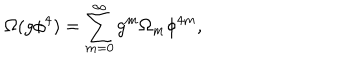
\Omega ( g \phi ^ { 4 } ) = \sum _ { m = 0 } ^ { \infty } g ^ { m } \Omega _ { m } \phi ^ { 4 m } ,